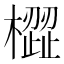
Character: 𣚟